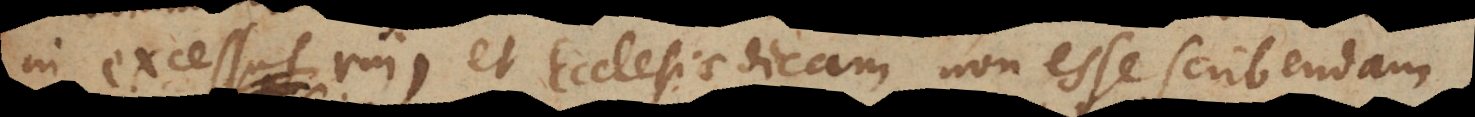
in excessus rui, et Ecclesiae dicam non esse scribendam